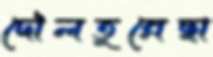
দৌলতুন্নেছা